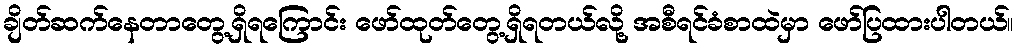
ချိတ်ဆက်နေတာတွေ့ရှိရကြောင်း ဖော်ထုတ်တွေ့ရှိရတယ်လို့ အစီရင်ခံစာထဲမှာ ဖော်ပြထားပါတယ်။